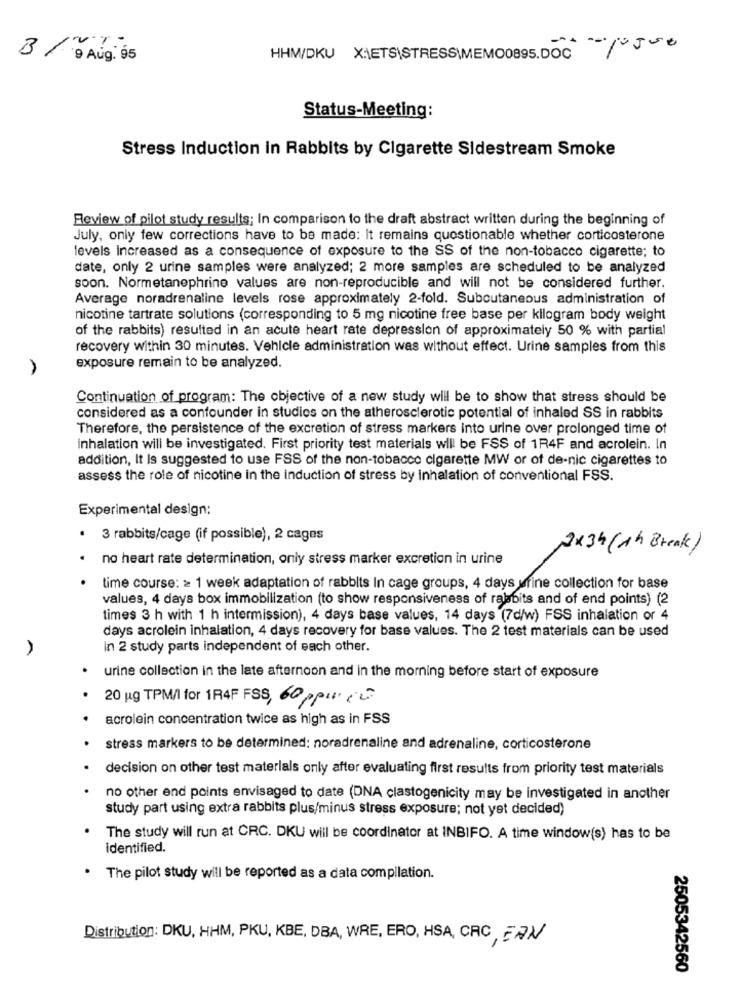
== == 10550
9 Aug. 95
HHM/DKU X:\ETS\STRESS\MEMO0895.DOC
Status-Meeting:
Stress Induction in Rabbits by Cigarette Sidestream Smoke
Review of pilot study results; In comparison to the draft abstract written during the beginning of
July, only few corrections have to be made: It remains questionable whether corticosterone
levels Increased as a consequence of exposure to the SS of the non-tobacco cigarette; to
date, only 2 urine samples were analyzed; 2 more samples are scheduled to be analyzed
soon. Normetanephrine values are non-reproducible and will not be considered further.
Average noradrenaline levels rose approximately 2-fold. Subcutaneous administration of
nicotine tartrate solutions (corresponding to 5 mg nicotine free base per kilogram body weight
of the rabbits) resulted in an acute heart rate depression of approximately 50 % with partial
recovery within 30 minutes. Vehicle administration was without effect. Urine samples from this
exposure remain to be analyzed.
Continuation of program: The objective of a new study will be to show that stress should be
considered as a confounder in studies on the atherosclerotic potential of inhaled SS in rabbits
Therefore, the persistence of the excretion of stress markers into urine over prolonged time of
inhalation will be investigated. First priority test materials will be FSS of 1R4F and acrolein. In
addition, It Is suggested to use FSS of the non-tobacco cigarette MW or of de-nic cigarettes to
assess the role of nicotine in the induction of stress by inhalation of conventional FSS.
Experimental design:
3 rabbits/cage (if possible), 2 cages
2x34 (1h Break)
no heart rate determination, only stress marker excretion in urine
time course: = 1 week adaptation of rabbits In cage groups, 4 days ufine collection for base
values, 4 days box immobilization (to show responsiveness of rabbits and of end points) (2
times 3 h with 1 h intermission), 4 days base values, 14 days (7d/w) FSS inhalation or 4
days acrolein inhalation, 4 days recovery for base values. The 2 test materials can be used
In 2 study parts independent of each other.
urine collection in the late afternoon and in the morning before start of exposure
20 ug TPM/ for 194F FSS, 60 pp. 1
acrolein concentration twice as high as in FSS
stress markers to be determined: noradrenaline and adrenaline, corticosterone
decision on other test materials only after evaluating first results from priority test materials
no other end points envisaged to date (DNA clastogenicity may be investigated in another
study part using extra rabbits plus/minus stress exposure; not yet decided)
The study will run at CRC. DKU will be coordinator at INBIFO. A time window(s) has to be
identified.
. The pilot study will be reported as a data compilation.
Distribution: DKU, HHM, PKU, KBE, DBA, WRE, ERO, HSA, CRC, FAN
2505342560